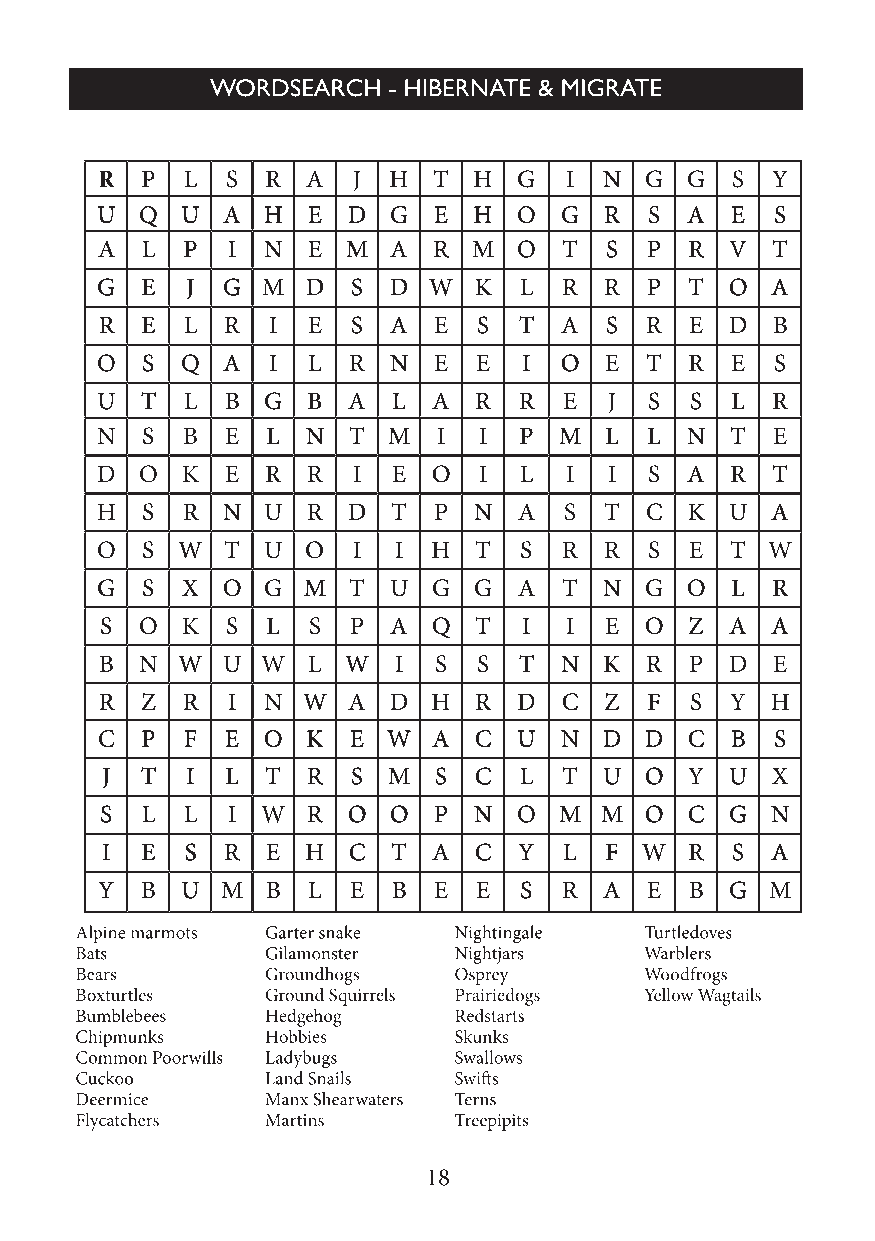
R P  L  S  R A  J  H  T H  G  I  N  G G  S  Y
 U  Q  U  A H  E  D  G  E H  O  G  R  S A  E  S
 A  L  P  I N  E  M  A  R M  O  T  S  P  R V  T
 G  E  J  G M  D  S  D W  K  L  R  R  P  T O  A
 R E  L  R  I E  S  A  E  S T  A  S  R  E D  B
 O  S  Q  A  I L  R  N  E E   I O  E  T  R E  S
 U  T  L  B G  B  A  L  A R  R  E  J  S  S L  R
 N  S  B  E  L N  T  M  I  I P  M  L  L N  T  E
 D  O  K  E  R R  I  E  O  I L  I  I  S A  R  T
 H  S  R  N U  R  D  T  P N  A  S  T  C K  U  A
 O  S  W  T U  O  I  I  H T  S  R  R  S  E T  W
 G  S  X  O G  M  T  U  G G  A  T  N  G O  L  R
 S O  K  S  L S  P  A  Q T   I I  E  O  Z A  A
 B N  W  U W  L  W  I  S  S T  N  K  R  P D  E
 R Z  R  I N  W  A  D  H R  D  C  Z  F  S Y  H
 C  P  F  E O  K  E  W  A C  U  N  D  D C  B  S
 J T  I  L  T R  S  M  S C  L  T  U  O  Y U  X
 S L  L  I W  R  O  O  P N  O  M  M  O C  G  N
 I E  S  R  E H  C  T  A C  Y  L  F W   R S  A
 Y B  U  M  B L  E  B  E E  S  R  A  E  B G  M